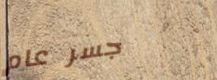
جسر عام